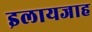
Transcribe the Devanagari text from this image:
इलायजाह